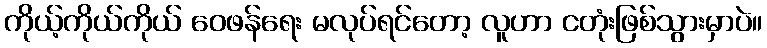
ကိုယ့်ကိုယ်ကိုယ် ဝေဖန်ရေး မလုပ်ရင်တော့ လူဟာ ငတုံးဖြစ်သွားမှာပဲ။